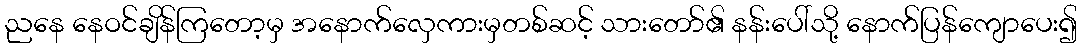
ညနေ နေဝင်ချိန်ကြတော့မှ အနောက်လှေကားမှတစ်ဆင့် သားတော်၏ နန်းပေါ်သို့ နောက်ပြန်ကျောပေး၍